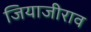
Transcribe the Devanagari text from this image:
जियाजीराव